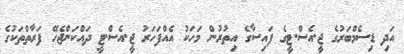
އަދި ޑިސެމްބަރުގެ ޖީ.އެސް.ޓީގެ ފައިސާގެ އިތުރުން މަހަކު އެއްފަހަރު ޖީ.އެސް.ޓީ ދައްކަންޖެހޭ ފަރާތްތަކުގެ